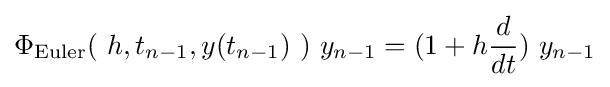
\Phi _{\text{Euler}}(\ h,t_{n-1},y(t_{n-1})\ )\ y_{n-1}=(1+h{\frac {d}{dt}})\ y_{n-1}